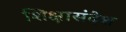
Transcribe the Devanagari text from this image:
शिक्षासंदेश